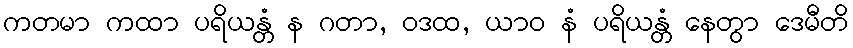
ကတမာ ကထာ ပရိယန္တံ န ဂတာ, ဝဒထ, ယာဝ နံ ပရိယန္တံ နေတွာ ဒေမီတိ